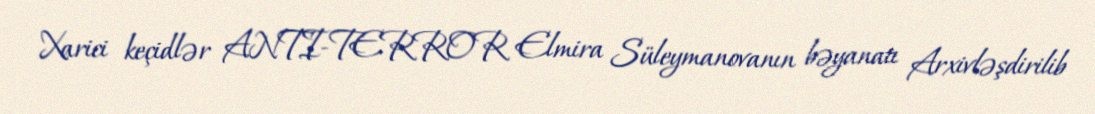
Xarici keçidlər ANTI-TERROR Elmira Süleymanovanın bəyanatı Arxivləşdirilib